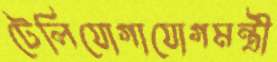
টেলিযোগাযোগমন্ত্রী